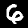
Label: 6